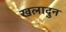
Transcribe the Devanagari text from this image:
खलादुन